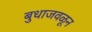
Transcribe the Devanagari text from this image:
बुधाजवळून